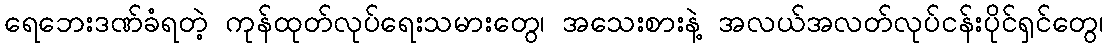
ရေဘေးဒဏ်ခံရတဲ့ ကုန်ထုတ်လုပ်ရေးသမားတွေ၊ အသေးစားနဲ့ အလယ်အလတ်လုပ်ငန်းပိုင်ရှင်တွေ၊